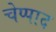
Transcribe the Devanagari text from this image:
चेप्पाद